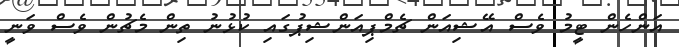
އަންހެން ޓީމު ވެސް އޭޝިއަން ޗެމްޕިއަންޝިޕުގައި ކުޅުނު ތިން މެޗުން ވެސް ވަނީ